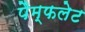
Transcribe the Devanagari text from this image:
पैम्‍फलेट